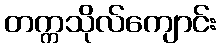
တက္ကသိုလ်ကျောင်း